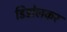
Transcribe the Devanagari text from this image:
डिडोलकर